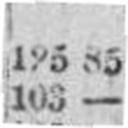
103 —